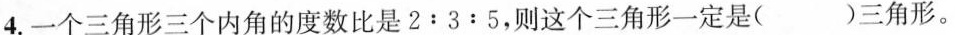
4.一个三角形三个内角的度数比是2﹔3﹔5，则这个三角形一定是( )三角形。